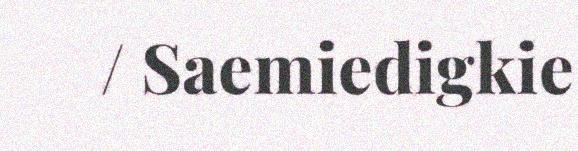
/ Saemiedigkie